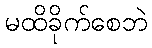
မထိခိုက်စေဘဲ